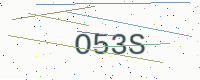
Text: O53S